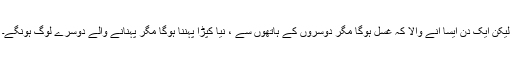
لیکن ایک دن ایسا آنے والا کہ غسل ہوگا مگر دوسروں کے ہاتھوں سے ، نیا کپڑا پہننا ہوگا مگر پہنانے والے دوسرے لوگ ہونگے۔